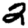
Digit: 2